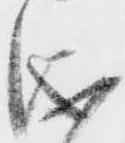
儀